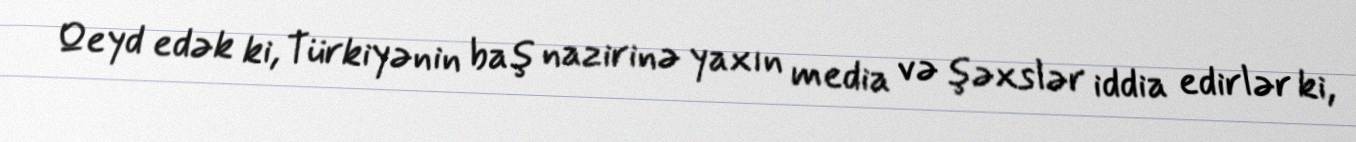
Qeyd edək ki, Türkiyənin baş nazirinə yaxın media və şəxslər iddia edirlər ki,